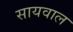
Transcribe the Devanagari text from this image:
सायवाल